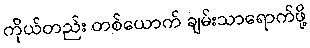
ကိုယ်တည်း တစ်ယောက် ချမ်းသာရောက်ဖို့